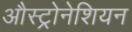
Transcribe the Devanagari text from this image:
औस्ट्रोनेशियन